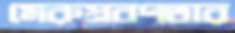
মেরুপ্রবণতার